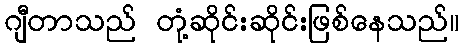
ဂျီတာသည် တုံ့ဆိုင်းဆိုင်းဖြစ်နေသည်။